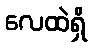
လေထဲရှိ